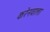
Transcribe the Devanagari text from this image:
करेनवाला